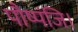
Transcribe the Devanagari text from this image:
पौष्पंजि।